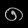
Digit: ၈